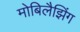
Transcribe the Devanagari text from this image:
मोबिलैझिंग